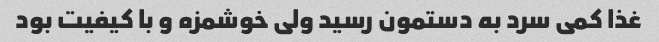
غذا کمی سرد به دستمون رسید ولی خوشمزه و با کیفیت بود